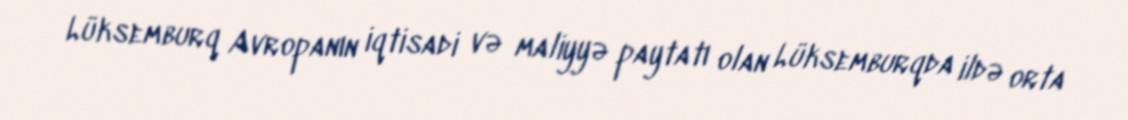
Lüksemburq Avropanın iqtisadi və maliyyə paytatı olan Lüksemburqda ildə orta